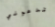
تدعوني